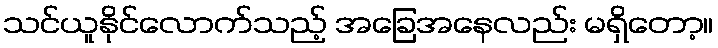
သင်ယူနိုင်လောက်သည့် အခြေအနေလည်း မရှိတော့။